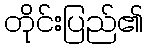
တိုင်းပြည်၏